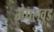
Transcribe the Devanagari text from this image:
मेपलवूड